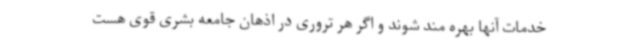
خدمات آنها بهره مند شوند و اگر هر تروری در اذهان جامعه بشری قوی هست